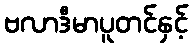
ဗလာဒီမာပူတင်နှင့်